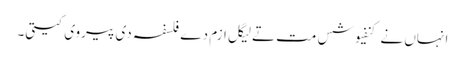
انہاں نے کنفیوشس مت تےلیگل ازم دے فلسفہ دی پیروی کیتی۔